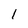
Character: 1